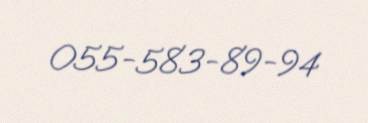
055-583-89-94